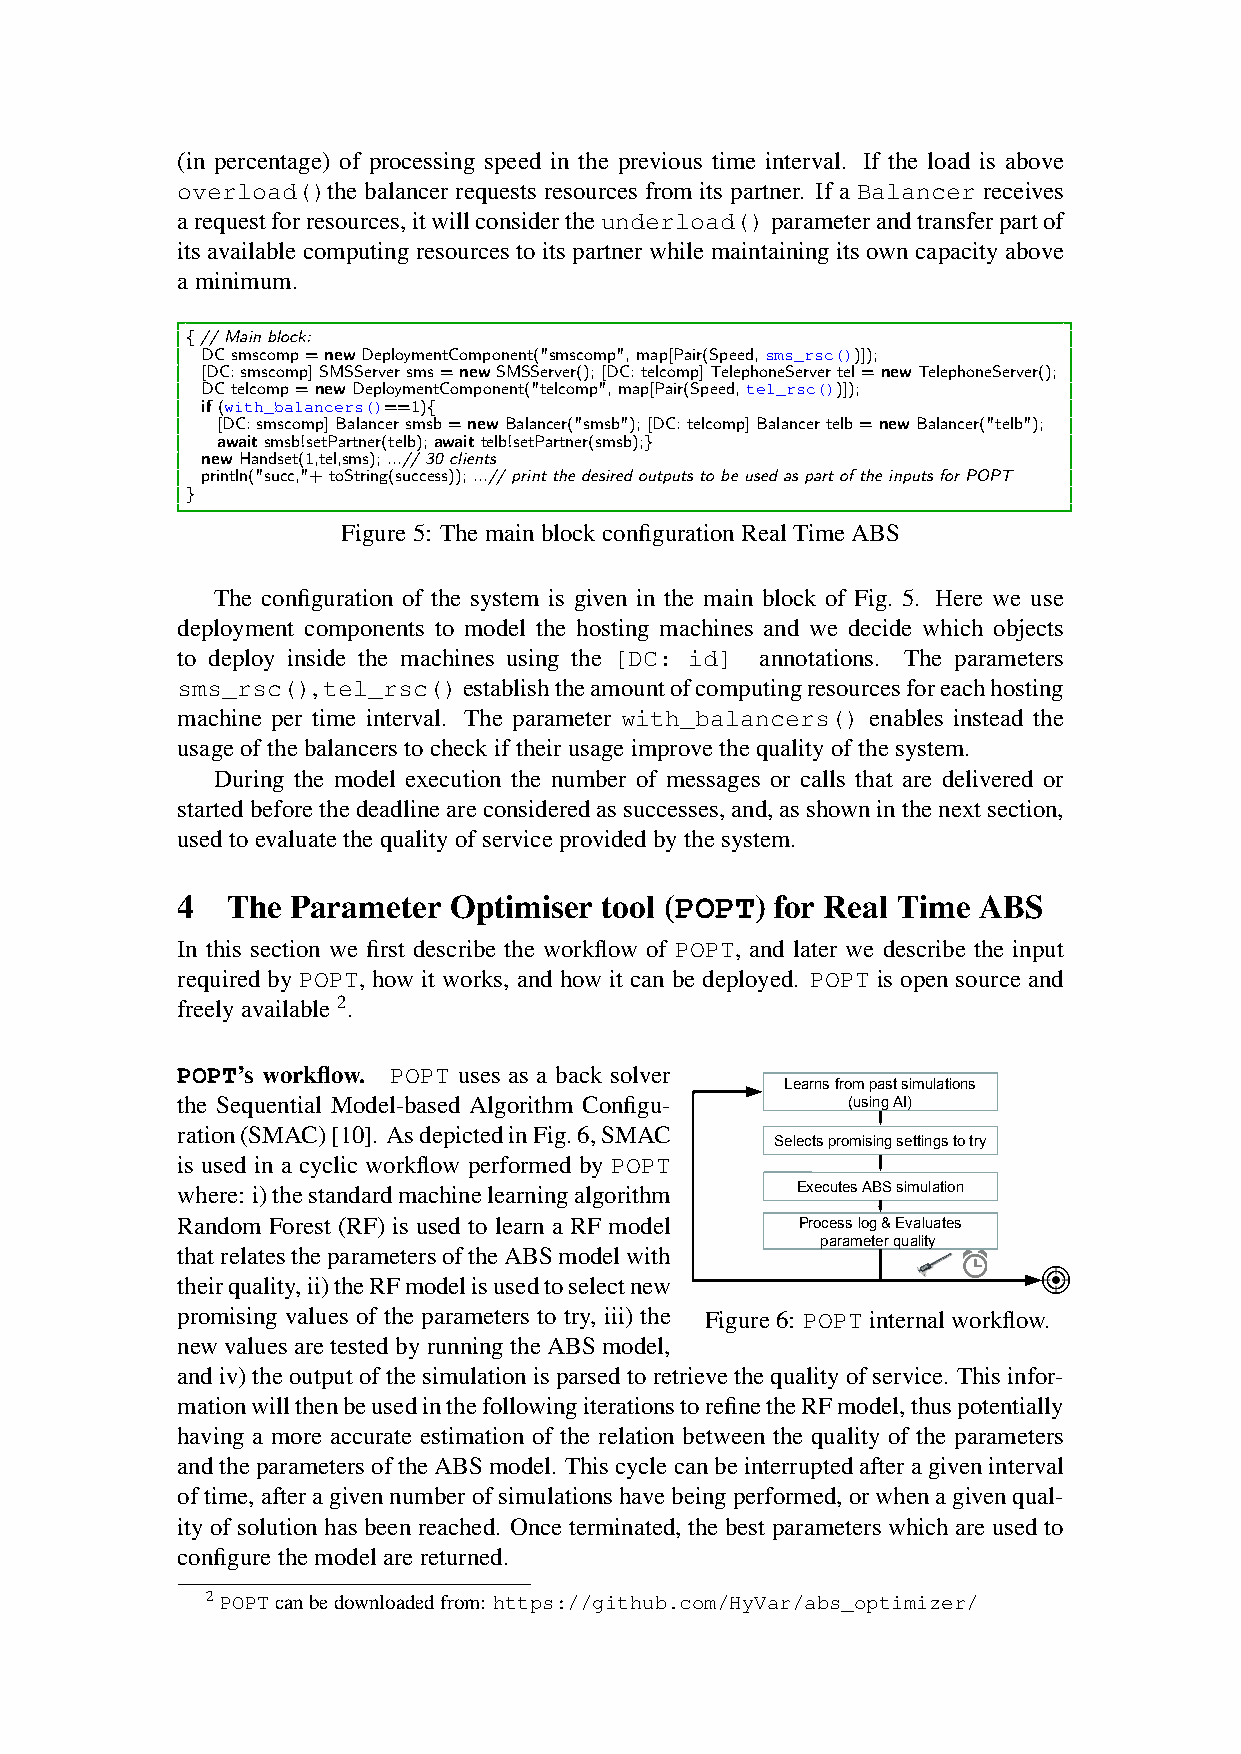
(in percentage) of processing speed in the previous time interval. If the load is above
 overload()the balancer requests resources from its partner. If a Balancer receives
 arequestforresources,itwillconsidertheunderload()parameterandtransferpartof
 its available computing resources to its partner while maintaining its own capacity above
 aminimum.
 {//Mainblock:
 DCsmscomp=newDeploymentComponent("smscomp",map[Pair(Speed,sms_rsc())]);
 [DC:smscomp]SMSServersms=newSMSServer();[DC:telcomp]TelephoneServertel=newTelephoneServer();
 DCtelcomp=newDeploymentComponent("telcomp",map[Pair(Speed,tel_rsc())]);
 if(with_balancers()==1){
 [DC:smscomp]Balancersmsb=newBalancer("smsb");[DC:telcomp]Balancertelb=newBalancer("telb");
 awaitsmsb!setPartner(telb);awaittelb!setPartner(smsb);}
 newHandset(1,tel,sms);...//30clients
 println("succ,"+toString(success));...//printthedesiredoutputstobeusedaspartoftheinputsforPOPT
 }
 Figure5: ThemainblockconfigurationRealTimeABS
 The configuration of the system is given in the main block of Fig. 5. Here we use
 deployment components to model the hosting machines and we decide which objects
 to deploy inside the machines using the [DC: id] annotations. The parameters
 sms_rsc(),tel_rsc()establishtheamountofcomputingresourcesforeachhosting
 machine per time interval. The parameter with_balancers() enables instead the
 usageofthebalancerstocheckiftheirusageimprovethequalityofthesystem.
 During the model execution the number of messages or calls that are delivered or
 startedbeforethedeadlineareconsideredassuccesses,and,asshowninthenextsection,
 usedtoevaluatethequalityofserviceprovidedbythesystem.
 4  The Parameter  Optimiser tool (POPT) for Real Time ABS
 In this section we first describe the workflow of POPT, and later we describe the input
 required by POPT, how it works, and how it can be deployed. POPT is open source and
 freelyavailable2.
 POPT’s workflow. POPT uses as a back solver
 Learns from past simulations
 the Sequential Model-based Algorithm Configu- (using AI)
 ration(SMAC)[10]. AsdepictedinFig.6,SMAC
 Selects promising settings to try
 is used in a cyclic workflow performed by POPT
 where: i)thestandardmachinelearningalgorithm Executes ABS simulation
 Random Forest (RF) is used to learn a RF model Process log & Evaluates
 parameter quality
 thatrelatestheparametersoftheABSmodelwith
 theirquality,ii)theRFmodelisusedtoselectnew
 promising values of the parameters to try, iii) the Figure6: POPTinternalworkflow.
 new values are tested by running the ABS model,
 andiv)theoutputofthesimulationisparsedtoretrievethequalityofservice. Thisinfor-
 mationwillthenbeusedinthefollowingiterationstorefinetheRFmodel,thuspotentially
 having a more accurate estimation of the relation between the quality of the parameters
 andtheparametersoftheABSmodel. Thiscyclecanbeinterruptedafteragiveninterval
 oftime,afteragivennumberofsimulationshavebeingperformed,orwhenagivenqual-
 ity of solution has been reached. Once terminated, the best parameters which are used to
 configurethemodelarereturned.
 2POPTcanbedownloadedfrom: https://github.com/HyVar/abs_optimizer/